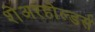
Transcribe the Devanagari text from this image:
शेअरहोल्डर्स